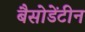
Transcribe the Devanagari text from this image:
बैसोडेंटीन